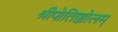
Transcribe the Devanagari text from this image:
श्रीपोतिक्कोलम्